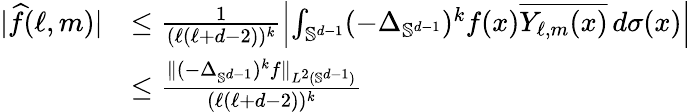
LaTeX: \begin{array}{rl}{\lvert\widehat{f}(\ell,m)\rvert}&{\le\frac{1}{(\ell(\ell+d-2))^{k}}\left\lvert\int_{\mathbb S^{d-1}}(-\Delta_{\mathbb S^{d-1}})^{k}f(x)\overline{{Y_{\ell,m}(x)}}\, d\sigma(x)\right\rvert}\\ &{\le\frac{\lVert(-\Delta_{\mathbb S^{d-1}})^{k}f\rVert_{L^{2}(\mathbb S^{d-1})}}{(\ell(\ell+d-2))^{k}}}\end{array}